Indian journal of veterinary science and animal husbandry - Volumes 18-21, 1948-1951
Year: 1948
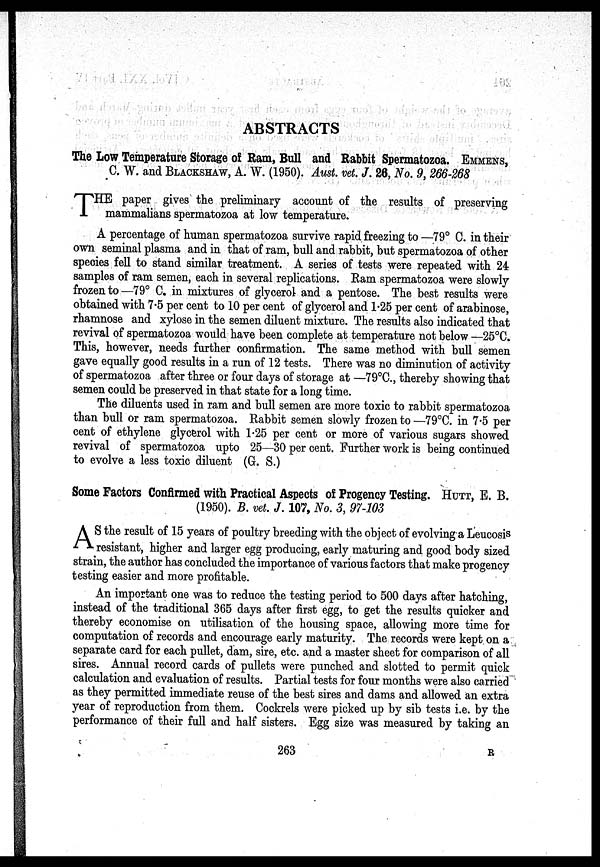
ABSTRACTS
The Low Temperature Storage of Ram, Bull and Rabbit Spermatozoa. EMMENS,
C. W. and BLACKSHAW, A. W. (1950). Aust. vet. J. 26, No. 9, 266-268
T HE paper gives the preliminary account of the results of preserving
mammalians spermatozoa at low temperature.
A percentage of human spermatozoa survive rapid freezing to —79° C. in their
own seminal plasma and in that of ram, bull and rabbit, but spermatozoa of other
species fell to stand similar treatment. A series of tests were repeated with 24
samples of ram semen, each in several replications. Ram spermatozoa were slowly
frozen to —79° C. in mixtures of glycerol and a pentose. The best results were
obtained with 7.5 per cent to 10 per cent of glycerol and 1.25 per cent of arabinose,
rhamnose and xylose in the semen diluent mixture. The results also indicated that
revival of spermatozoa would have been complete at temperature not below —25ºC.
This, however, needs further confirmation. The same method with bull semen
gave equally good results in a run of 12 tests. There was no diminution of activity
of spermatozoa after three or four days of storage at —79°C., thereby showing that
semen could be preserved in that state for a long time.
The diluents used in ram and bull semen are more toxic to rabbit spermatozoa
than bull or ram spermatozoa. Rabbit semen slowly frozen to —79°C. in 7.5 per
cent of ethylene glycerol with 1.25 per cent or more of various sugars showed
revival of spermatozoa upto 25—30 per cent. Further work is being continued
to evolve a less toxic diluent (G. S.)
Some Factors Confirmed with Practical Aspects of Progency Testing. HUTT, E. B.
(1950). B. vet. J. 107, No. 3, 97-103
A S the result of 15 years of poultry breeding with the object of evolving a Leucosis
resistant, higher and larger egg producing, early maturing and good body sized
strain, the author has concluded the importance of various factors that make progency
testing easier and more profitable.
An important one was to reduce the testing period to 500 days after hatching,
instead of the traditional 365 days after first egg, to get the results quicker and
thereby economise on utilisation of the housing space, allowing more time for
computation of records and encourage early maturity. The records were kept on a
separate card for each pullet, dam, sire, etc. and a master sheet for comparison of all
sires. Annual record cards of pullets were punched and slotted to permit quick
calculation and evaluation of results. Partial tests for four months were also carried
as they permitted immediate reuse of the best sires and dams and allowed an extra
year of reproduction from them. Cockrels were picked up by sib tests i.e. by the
performance of their full and half sisters. Egg size was measured by taking an
263
R